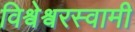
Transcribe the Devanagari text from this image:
विश्वेश्वरस्वामी